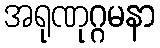
အရုဏုဂ္ဂမနာ